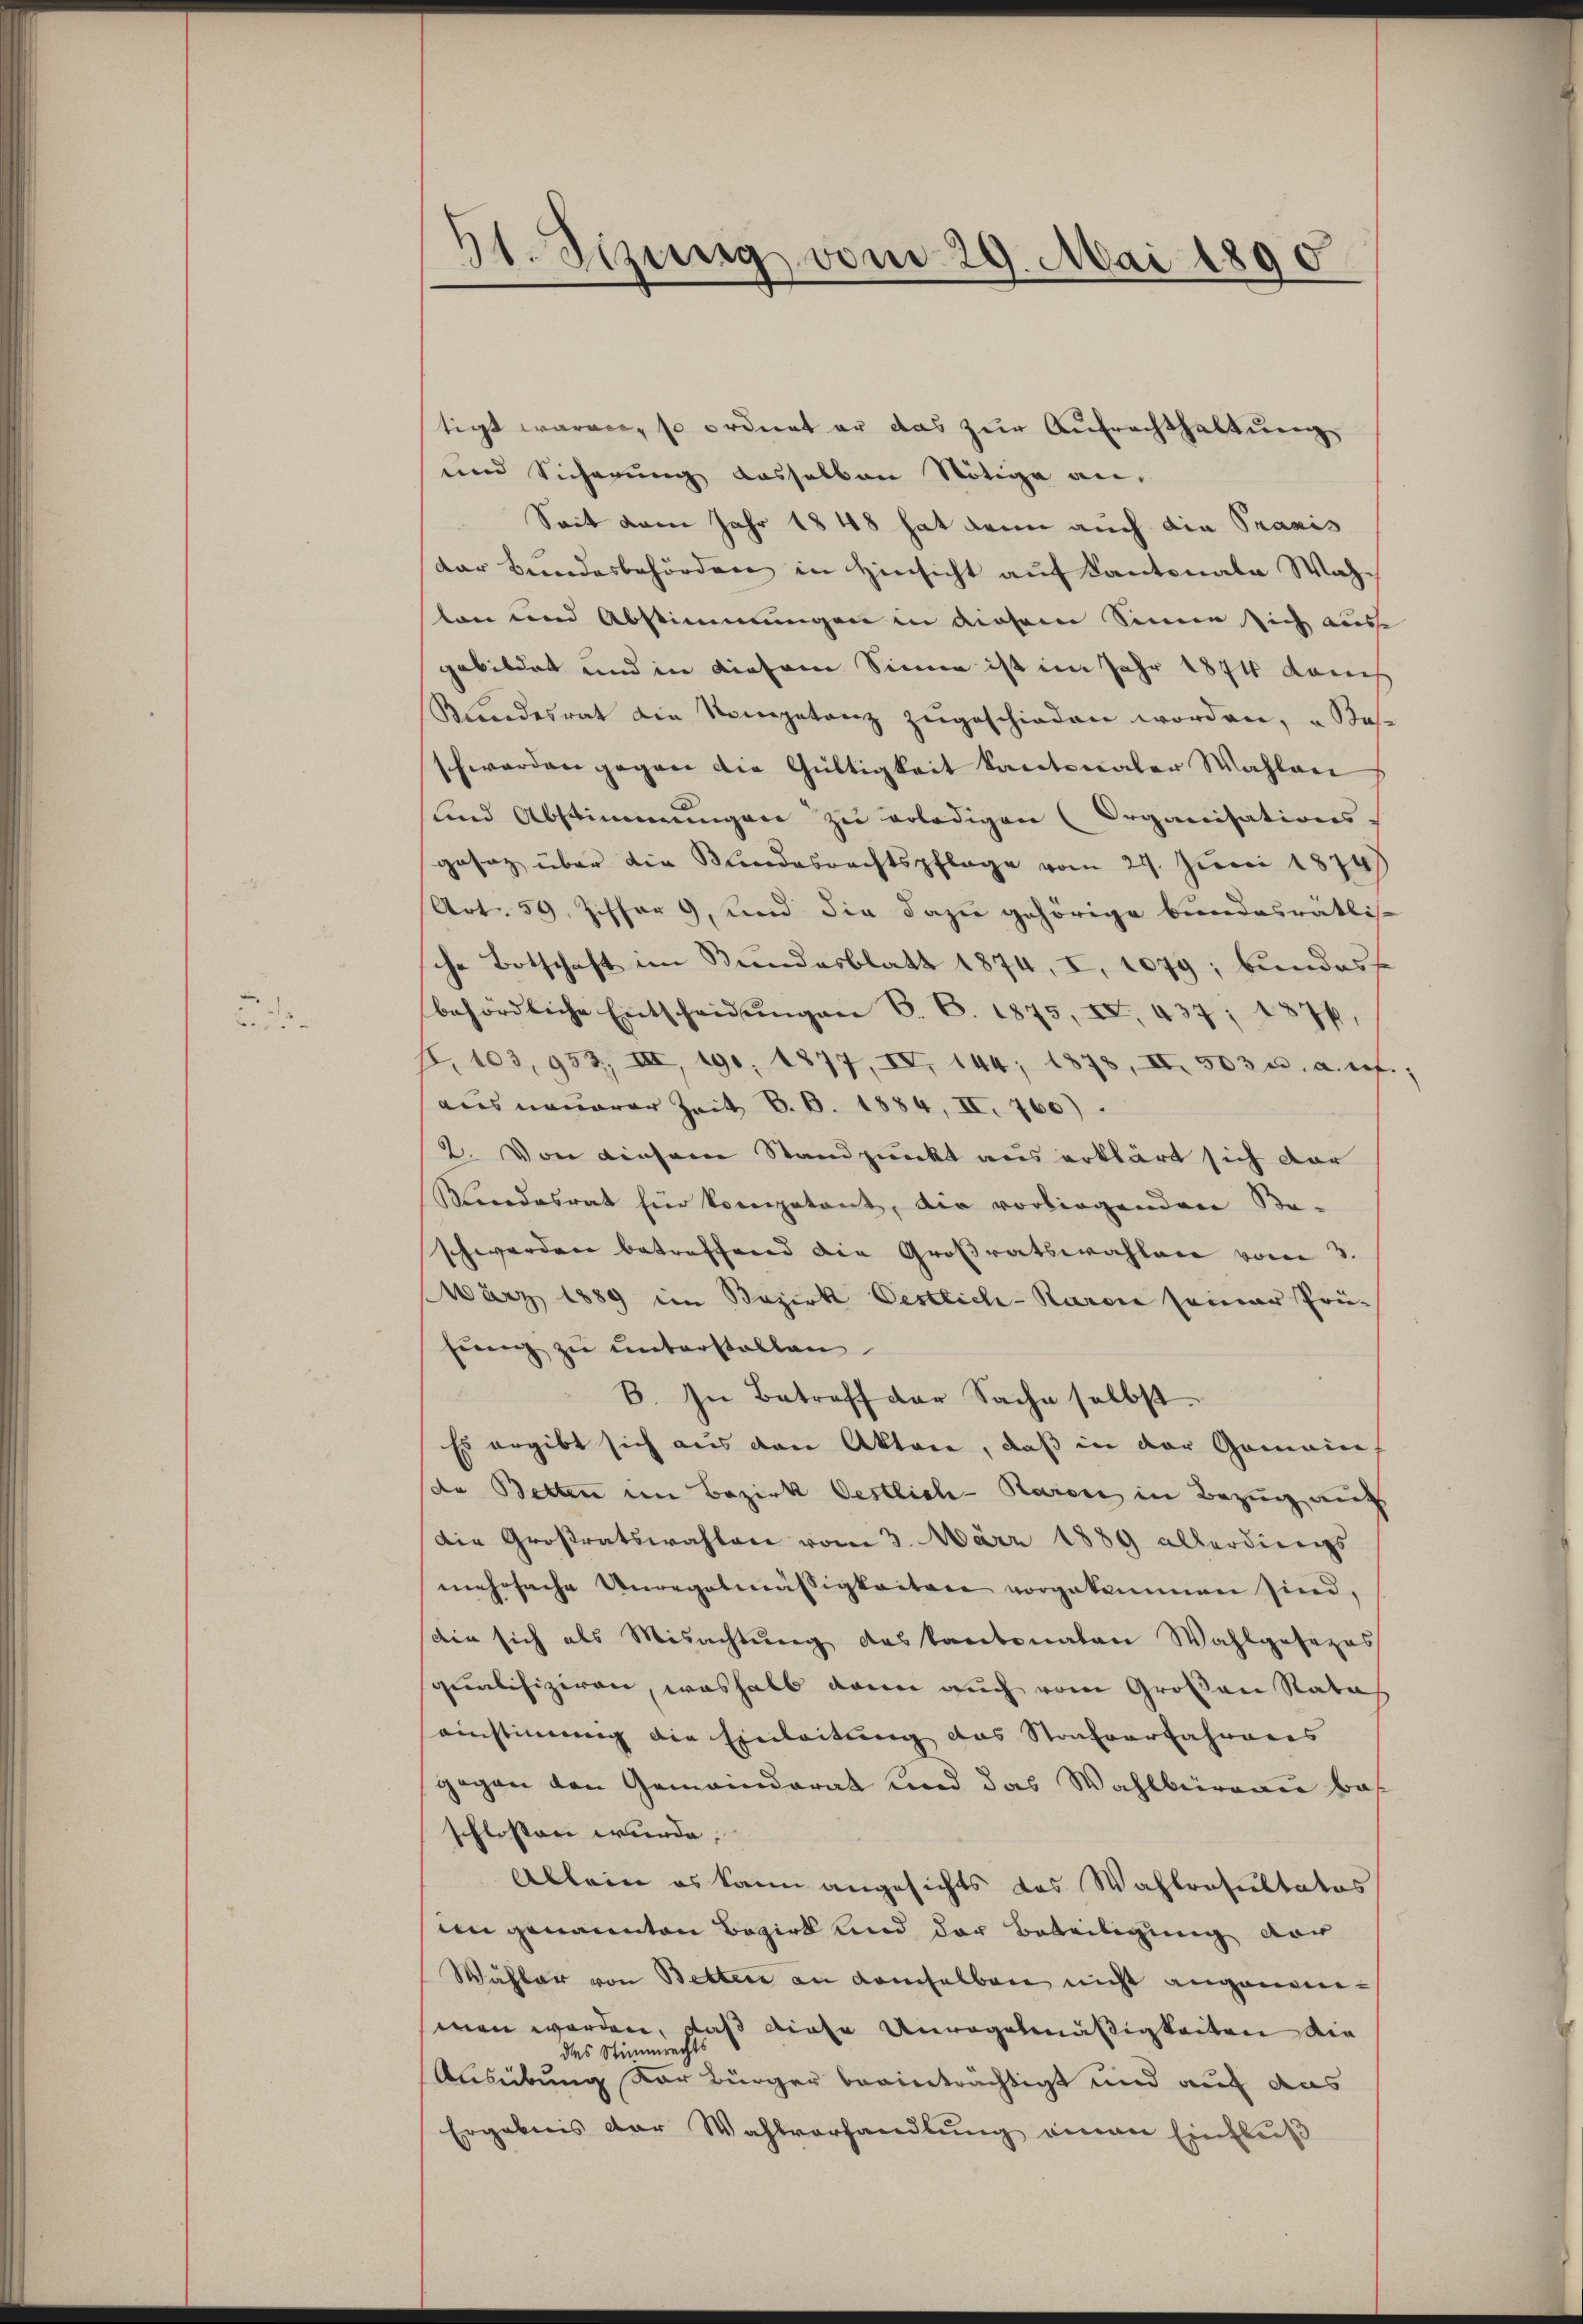
St.Sizung vom 29. Mai 1890

tigt waren, so ordnet er das zur Aufrechthaltung
und Sicherung dasselben Nötige an.
Seit vom Jahr 1848 hat dann auch die Praxis
der Bundesbehörden in Hinsicht auf Kantonale Wahlon und Abstimmungen in diesem Sinne sich aus
gebildet und in diesem Sinne ist im Jahr 1874 Rauch
Kundesrat die Kompetenz zŭgeschieden worden, u Base
schwerden gegen die Gültigkeit kantonaler Wahlen
und Abstimmungen zu erledigen (Organisations-
gesez über die Bundesrechtspflage vom 24. Juni 1874
Art. 59, Ziffer 9, und die dazu gehörige bundesrätlis-
che Botschaft im Bundesblatt 1874, I. 1079; bundes
behördliche Entscheidŭngen 6. B. 1875, u. 437, 1874.
I. 103, 953, III, 190, 1877, IV, 144, 1878, II 503 u. a. ref.;
aus neuerer Zeit 6. B. 1884, II. 760).
2. Von diesem Standpunkt aus erklärt sich dar
Mindesrat für kompetent, die vorliegendere Be-
schwerden betreffend die Großratswahlen vom 3.
März 1889 im Bezirk Oestlich-Raron seiner Prüsŭng zu unterstellen
B. In Betreff der Sache selbst.
Es ergibt sich aus den Akten, daß in der Gemein-
de Betten im Bezirk Oestlich-Raron in Bezug auf
Die Großratswahlen vom 3. März 1889 allerdings
mehrfache Unregelmässigkeiten vorgekommen sind,
die sich als Misachtung des Kantonalen Wahlgesezes
qualifiziren, weshalb dann auch vom Großen Rates
einstimmig die Einleitung das Strafverfahrens
gegen den Gemeinderat und das Wahlbüreau beschlossen wurde.
Allein es kann angesichts das Wahlresultatos
in genannten Bezirk und der Beteiligung der
Wähler von Betten an demselben nicht angenomsmen worden, daß diese Unwogenmäßigkeiten die
des Stimmrechts
Ausübung der Bürger beeinträchtigt und auf das
Ergebnis der Wahlvorhandlung einen Einfluß